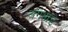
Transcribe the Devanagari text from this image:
अंगभाडे